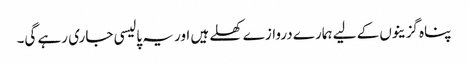
پناہ گزینوں کے لیے ہمارے دروازے کھلے ہیں اور یہ پالیسی جاری رہے گی۔